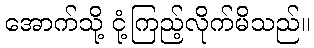
အောက်သို့ ငုံ့ကြည့်လိုက်မိသည်။